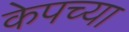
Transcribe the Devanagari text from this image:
केपच्या